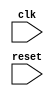
module Submodule1 (
    input wire clk,
    input wire reset,
    // other inputs and outputs for this state module
);

    // State logic for Submodule1

endmodule